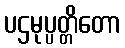
ပဌမုပ္ပတ္တိတော